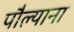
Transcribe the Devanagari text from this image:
पौल्याना